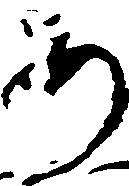
あ